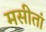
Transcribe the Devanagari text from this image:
मसीतां